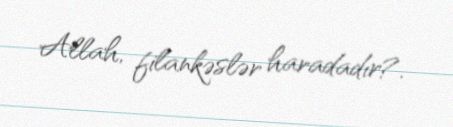
Allah, filankəslər haradadır?.